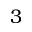
3